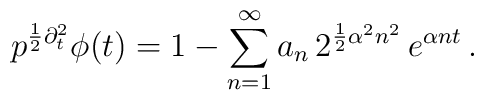
p^{{1\over2} \partial_t^2} \phi(t) =1 -\sum_{n=1}^{\infty}a_n \, 2^{{1 \over 2} \alpha^2 n^2} \,e^{\alpha n t}\,.